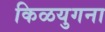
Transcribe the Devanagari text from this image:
किळयुगना